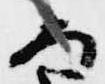
な